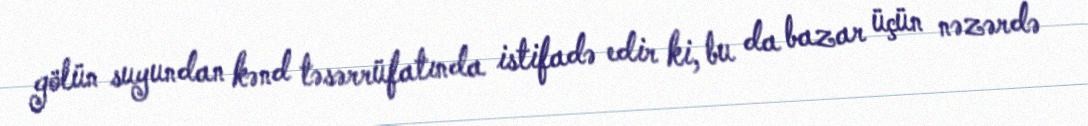
gölün suyundan kənd təsərrüfatında istifadə edir ki, bu da bazar üçün nəzərdə